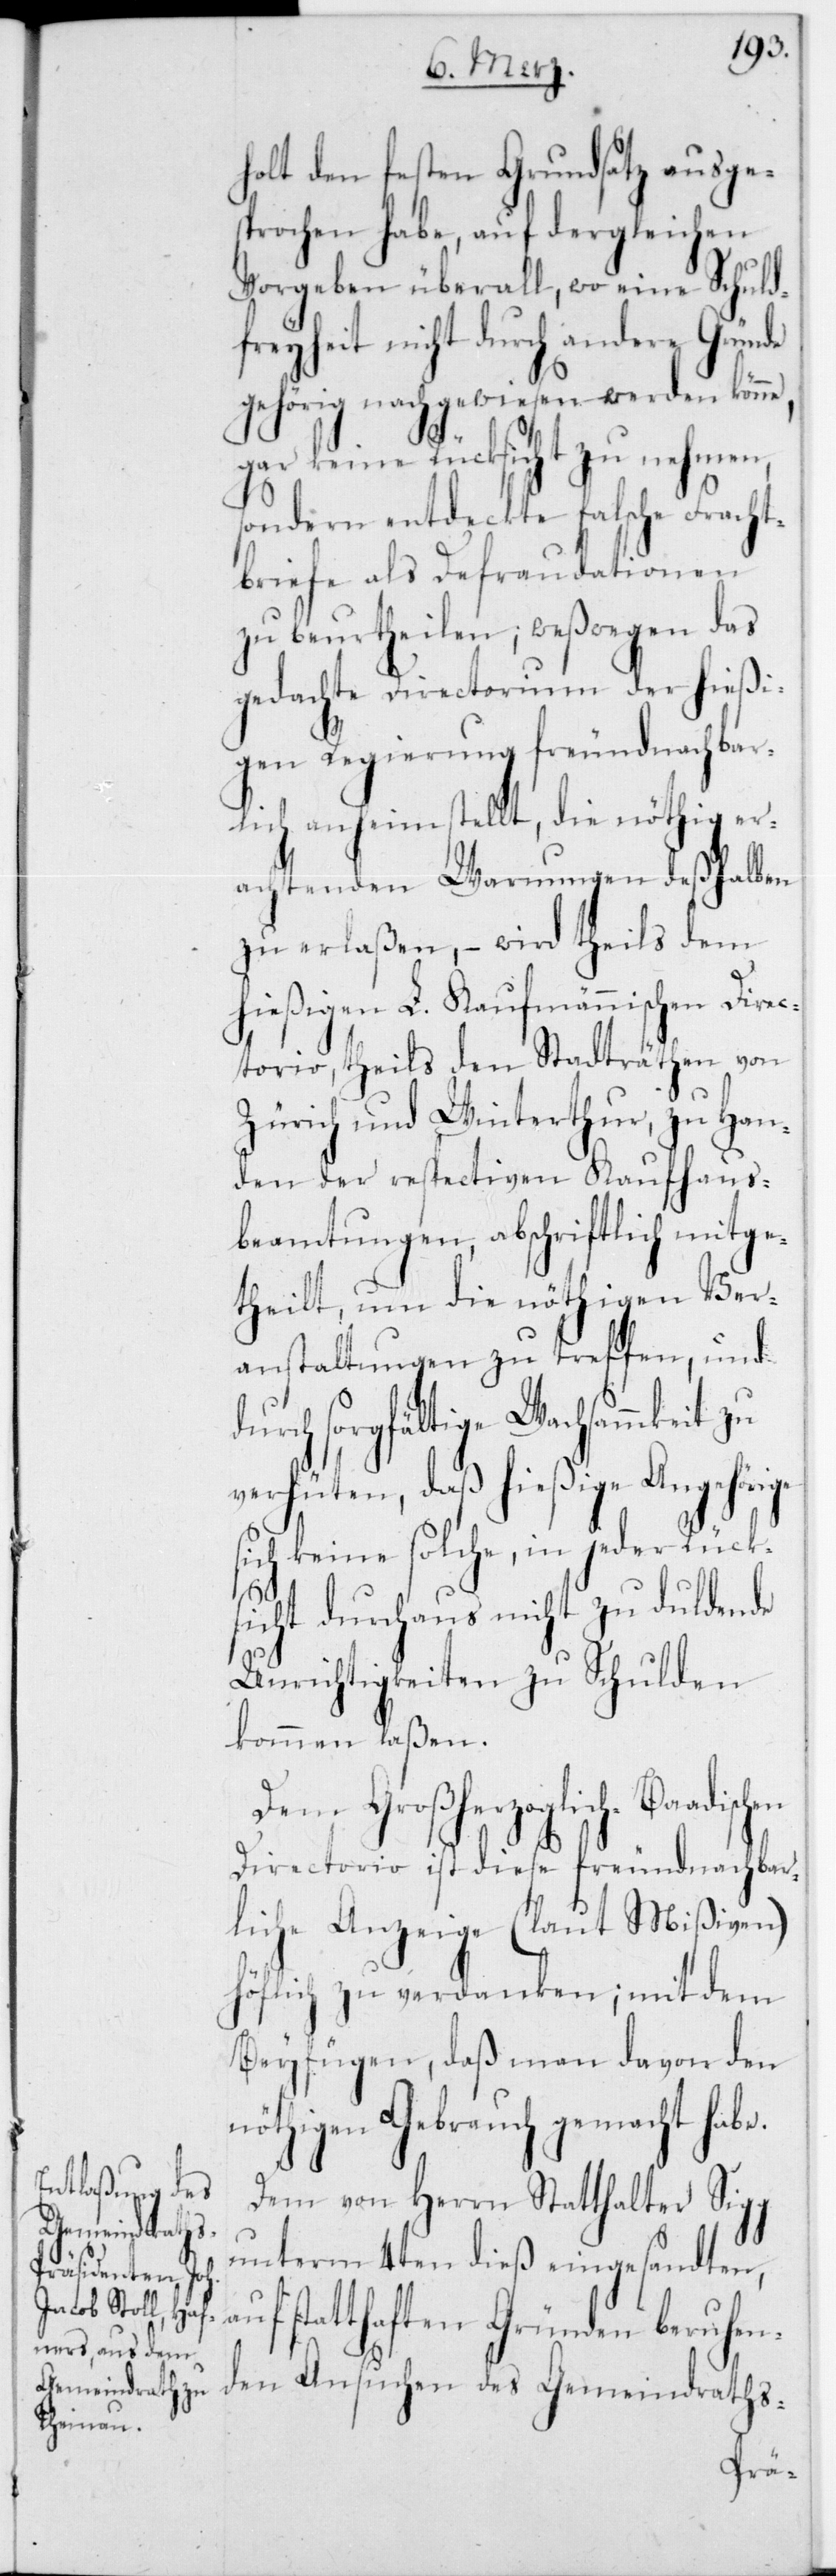
holt den festen Grundsatz ausge¬
sprochen habe, auf dergleichen
Vorgeben überall, wo eine Schuld¬
freyheit nicht durch andere Gründe
gehörig nachgewiesen werden könne,
gar keine Rücksicht zu nehmen,
sondern entdeckte falsche Fracht¬
briefe als Defraudationen
zu beurtheilen, weßwegen das
gedachte Directorium der hießi¬
gen Regierung freundnachbar¬
lich anheim stellt, die nöthig er¬
achtenden Warnungen deßhalben
zu erlaßen, – wird theils dem
hießigen L. Kaufmännischen Direc¬
torio, theils den Stadträthen von
Zürich und Winterthur, zu Han¬
den der respectiven Kaufhaus¬
beamtungen, abschriftlich mitge¬
theilt, um die nöthigen Ver¬
anstaltungen zu treffen, und
durch sorgfältige Wachsammkeit zu
verhüten, daß hießige Angehörige
sich keine solche, in jeder Rück¬
sicht durchaus nicht zu duldende
Unrichtigkeiten zu Schulden
kommen laßen.
Dem Großherzoglich-Baadischen
Directorio ist diese freundnachbar¬
liche Anzeige (laut Mißiven)
höflich zu verdanken; mit dem
Beyfügen, daß man davon den
nöthigen Gebrauch gemacht
Dem von Herrn Statthalter Sigg
unterm 4ten dieß eingesandten,
statthaften Gründen beruhen¬
den Ansuchen des Gemeindraths-